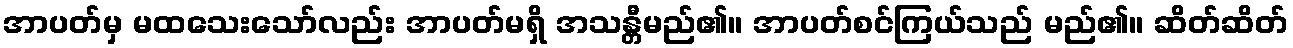
အာပတ်မှ မထသေးသော်လည်း အာပတ်မရှိ အသန္တီမည်၏။ အာပတ်စင်ကြယ်သည် မည်၏။ ဆိတ်ဆိတ်